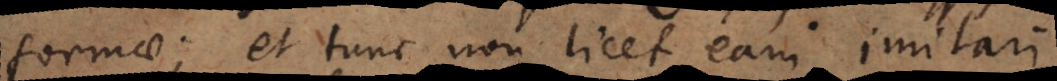
formae; et tunc non licet eam imitari